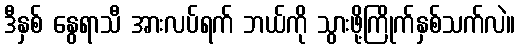
ဒီနှစ် နွေရာသီ အားလပ်ရက် ဘယ်ကို သွားဖို့ကြိုက်နှစ်သက်လဲ။